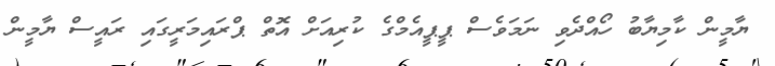
ޔާމީން ކާމިޔާބު ހޯއްދެވި ނަމަވެސް ޕީޕީއެމްގެ ކުރިއަށް އޮތް ޕްރައިމަރީގައި ރައީސް ޔާމީން